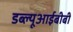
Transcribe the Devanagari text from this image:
डब्ल्यूआईबीबी